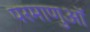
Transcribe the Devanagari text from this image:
परमाणुऑ